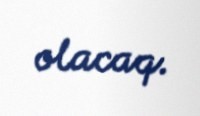
olacaq.